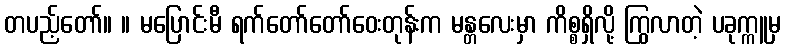
တပည့်တော်။ ။ မပြောင်းမီ ရက်တော်တော်ဝေးတုန်းက မန္တလေးမှာ ကိစ္စရှိလို့ ကြွလာတဲ့ ပခုက္ကူမှ